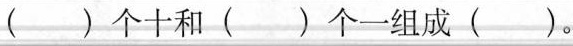
( )个十和( )个一组成( )。